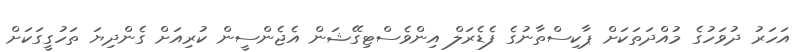
އަހަރު ދުވަހުގެ މުއްދަތަކަށް ޕާކިސްތާނުގެ ފެޑެރަލް އިންވެސްޓިގޭޝަން އެޖެންސީން ކުރިއަށް ގެންދިޔަ ތަހުގީގަކަށް